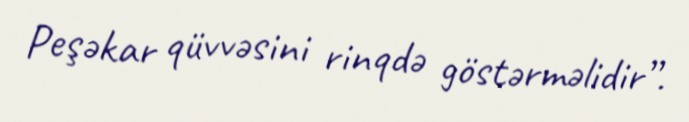
Peşəkar qüvvəsini rinqdə göstərməlidir”.